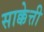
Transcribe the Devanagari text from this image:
साक्केत्ती